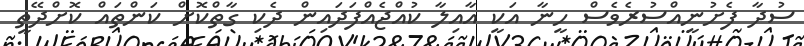
ސުދާ ފެށުނީއްސުރެވެސް ހީނާ އަކީ އާއިލާ ކުއްޖެއްފަދައިން ދެކި ގާތްކޮށް ކަންތައް ކޮށްދޭތީ